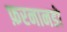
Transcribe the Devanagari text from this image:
फ़रनानडो